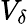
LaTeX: V_{\delta}